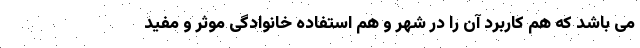
می باشد که هم کاربرد آن را در شهر و هم استفاده خانوادگی موثر و مفید